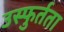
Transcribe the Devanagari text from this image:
उस्फुर्तता